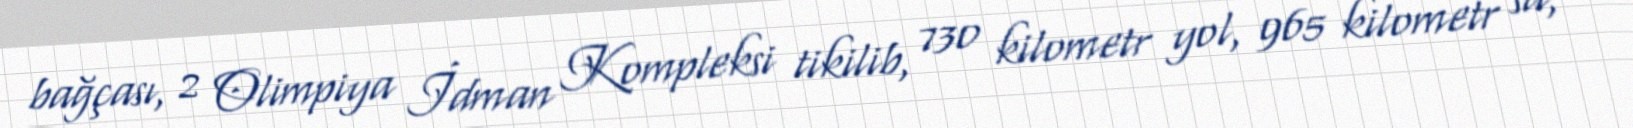
bağçası, 2 Olimpiya İdman Kompleksi tikilib, 730 kilometr yol, 965 kilometr su,